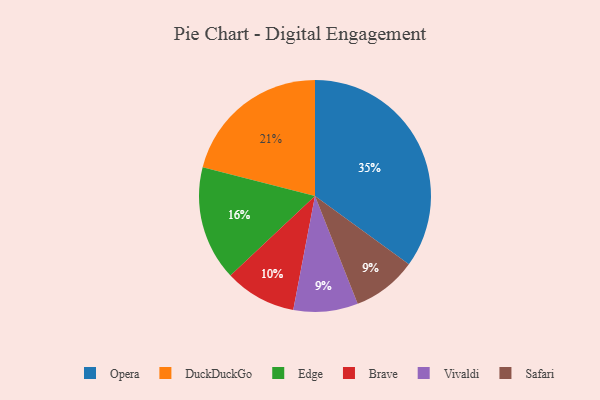
{"axis": {"x": "Category", "y": "Percentage"}, "legend": ["Brave", "DuckDuckGo", "Edge", "Opera", "Safari", "Vivaldi"], "data": [{"x": "Vivaldi", "y": 9, "type": "Vivaldi"}, {"x": "Edge", "y": 16, "type": "Edge"}, {"x": "DuckDuckGo", "y": 21, "type": "DuckDuckGo"}, {"x": "Brave", "y": 10, "type": "Brave"}, {"x": "Opera", "y": 35, "type": "Opera"}, {"x": "Safari", "y": 9, "type": "Safari"}]}